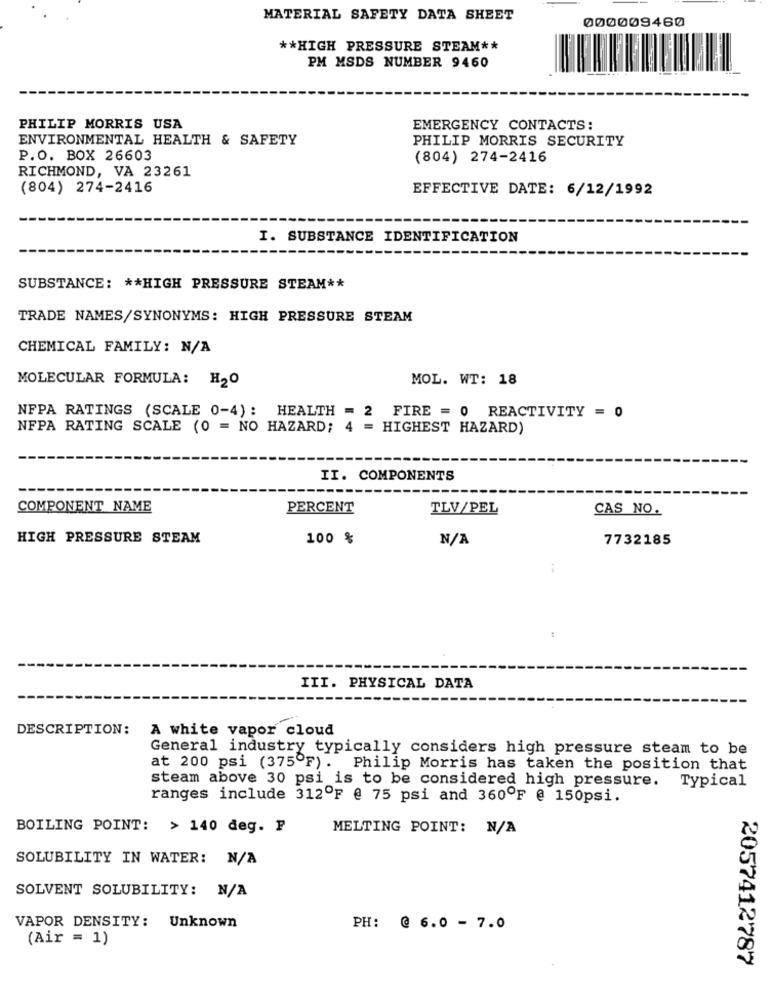
MATERIAL SAFETY DATA SHEET
000009460
** HIGH PRESSURE STEAM **
PM MSDS NUMBER 9460
PHILIP MORRIS USA
EMERGENCY CONTACTS:
ENVIRONMENTAL HEALTH & SAFETY
PHILIP MORRIS SECURITY
P.O. BOX 26603
(804) 274-2416
RICHMOND, VA 23261
(804) 274-2416
EFFECTIVE DATE: 6/12/1992
I. SUBSTANCE IDENTIFICATION
SUBSTANCE: ** HIGH PRESSURE STEAM **
TRADE NAMES/SYNONYMS: HIGH PRESSURE STEAM
CHEMICAL FAMILY: N/A
MOLECULAR FORMULA: H20
MOL. WT: 18
NFPA RATINGS (SCALE 0-4): HEALTH = 2 FIRE = 0 REACTIVITY = 0
NFPA RATING SCALE (0 = NO HAZARD; 4 = HIGHEST HAZARD)
II. COMPONENTS
COMPONENT NAME
PERCENT
TLV/PEL
CAS NO.
HIGH PRESSURE STEAM
100 %
7732185
III. PHYSICAL DATA
DESCRIPTION:
A white vapor cloud
General industry typically considers high pressure steam to be
at 200 psi (375ºF). Philip Morris has taken the position that
steam above 30 psi is to be considered high pressure. Typical
ranges include 312ºF @ 75 psi and 360ºF @ 150psi.
BOILING POINT: > 140 deg. F
MELTING POINT: N/A
SOLUBILITY IN WATER: N/A
SOLVENT SOLUBILITY: N/A
VAPOR DENSITY: Unknown
PH: @ 6.0 - 7.0
(Air = 1)
2057412787